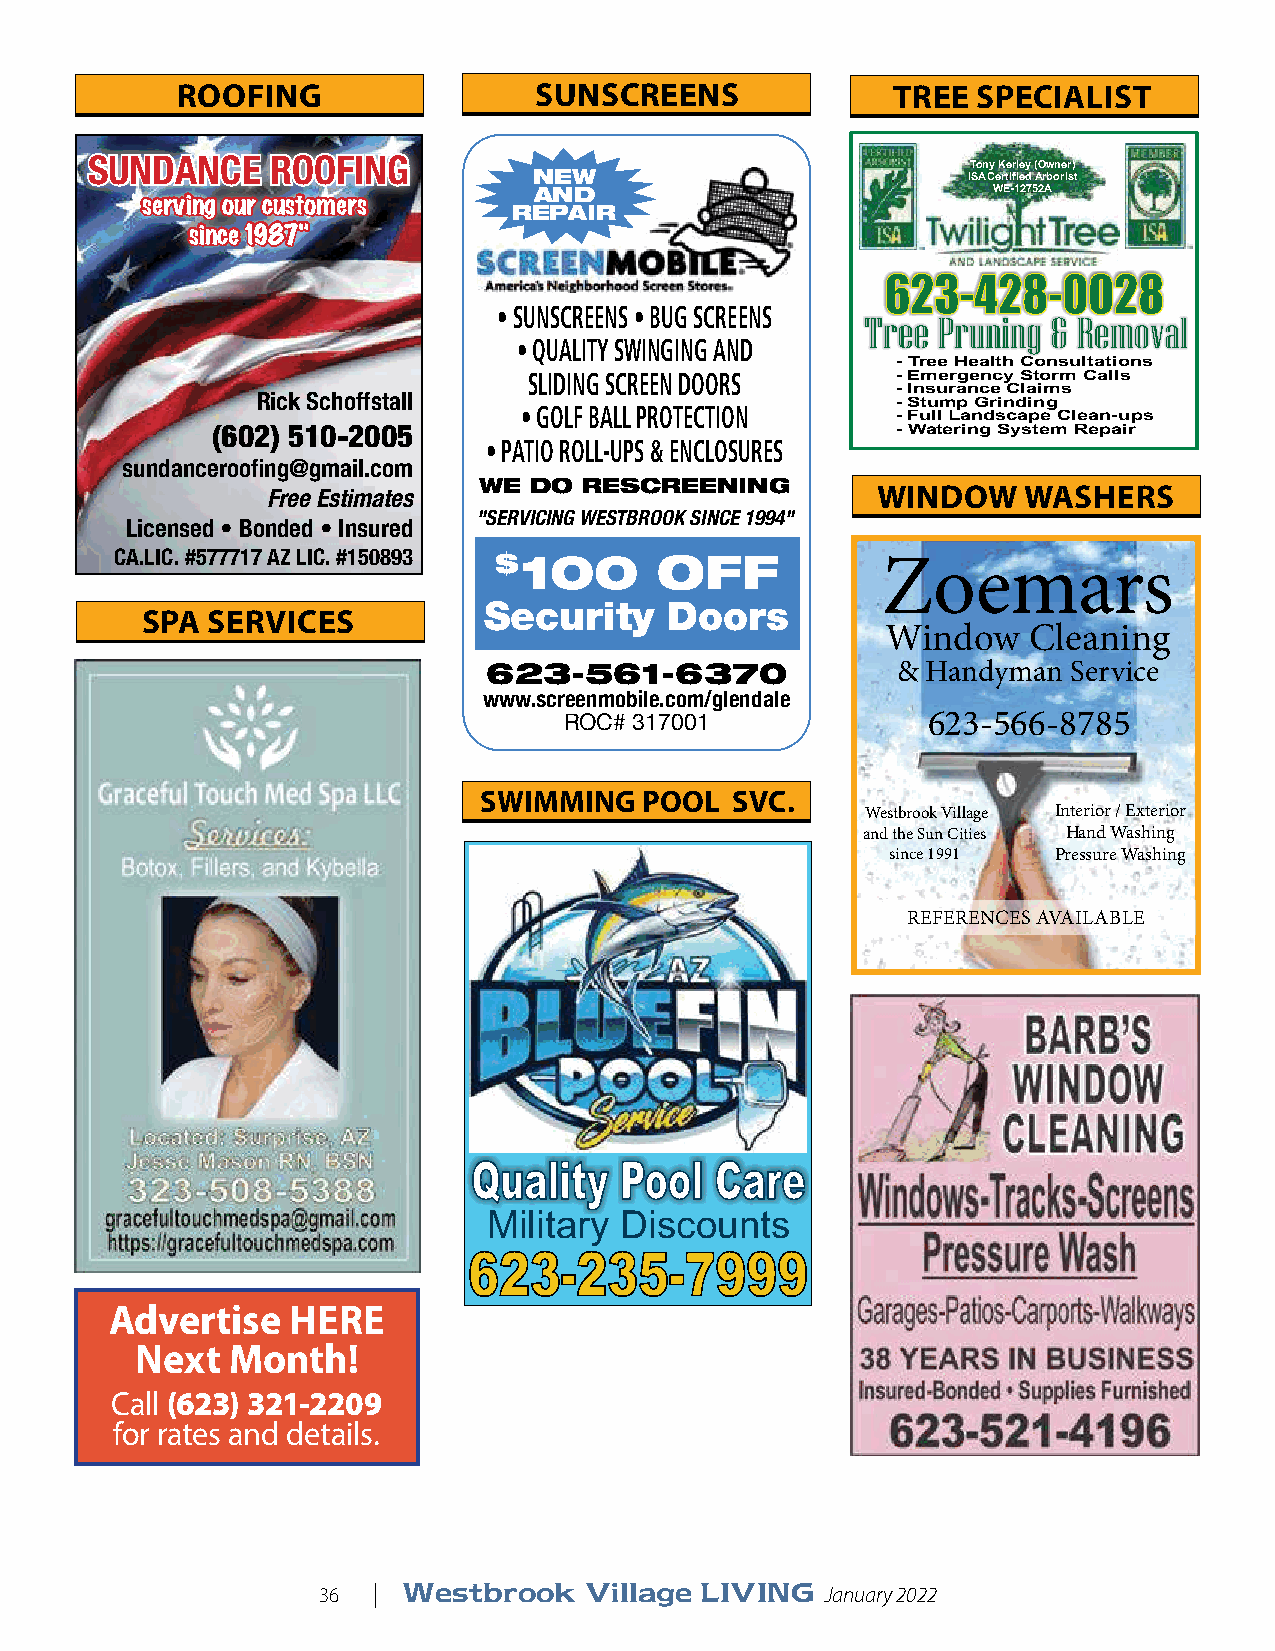
ROOFING                SUNSCREENS              TREE  SPECIALIST
 SSUUNNDDAANNCCEE RROOOOFFIINNGG
 Tony Kerley (Owner)
 NEW                          ISA Certified Arborist
 AND                            WE-12752A
 "sseerrvviinngg oouurr ccuussttoommeerrss
 REPAIR
 ssiinnccee 11998877""
 662233--442288--00002288
 • SUNSCREENS • BUG SCREENS
 Tree Pruning & Removal
 • QUALITY SWINGING AND
 - Tree Health Consultations
 SLIDING SCREEN DOORS    - Emergency Storm Calls
 Rick Schoffstall                          - Insurance Claims
 - Stump Grinding
 • GOLF BALL PROTECTION
 - Full Landscape Clean-ups
 (602) 510-2005                               - Watering System Repair
 • PATIO ROLL-UPS & ENCLOSURES
 sundanceroofing@gmail.com
 Free Estimates WE DO RESCREENING        WINDOW    WASHERS
 "SERVICING WESTBROOK SINCE 1994"
 Licensed • Bonded • Insured
 CA.LIC. #577717 AZ LIC. #150893 $100 OFF
 Zoemars
 Security    Doors
 SPA  SERVICES
 Window   Cleaning
 623-561-6370               & Handyman  Service
 www.screenmobile.com/glendale
 ROC# 317001             623-566-8785
 SWIMMING   POOL SVC.
 Westbrook Village Interior / Exterior
 and the Sun Cities Hand Washing
 since 1991 Pressure Washing
 REFERENCES AVAILABLE
 QQuuaalliittyy PPooooll CCaarree
 Military Discounts
 662233--223355--77999999
 Advertise   HERE
 Next  Month!
 Call (623) 321-2209
 for rates and details.
 36  | Westbrook   Village LIVING  January 2022                                       37 | Westbrook   Village LIVING  January 2022